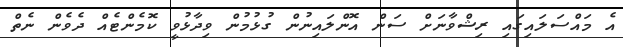
އެ މައްސަލައިގައި ރިޝްވާނަށް ސަން އޮންލައިނުން ގުޅުމުން ވިދާޅުވީ ކޮމެންޓެއް ދެވެން ނެތް